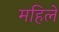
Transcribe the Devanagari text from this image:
महिले